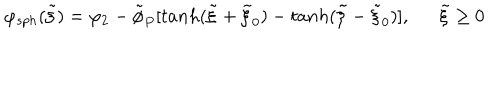
LaTeX: \varphi _ { s p h } ( \tilde { \xi } ) = \varphi _ { 2 } - \tilde { \phi } _ { P } [ t a n h ( \tilde { \xi } + \tilde { \xi } _ { 0 } ) - t a n h ( \tilde { \xi } - \tilde { \xi } _ { 0 } ) ] , \tilde { \xi } \geq 0